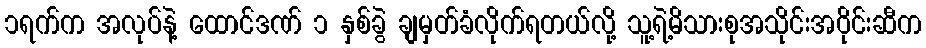
၁ရက်က အလုပ်နဲ့ ထောင်ဒဏ် ၁ နှစ်ခွဲ ချမှတ်ခံလိုက်ရတယ်လို့ သူ့ရဲ့မိသားစုအသိုင်းအဝိုင်းဆီက